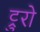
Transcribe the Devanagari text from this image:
ट्रुरो